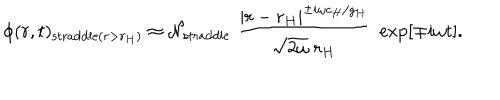
\phi ( r , t ) _ { \mathrm { s t r a d d l e } ( r > r _ { H } ) } \approx { \cal N } _ { \mathrm { s t r a d d l e } } \; { \frac { | r - r _ { H } | ^ { \pm i \omega c _ { H } / g _ { H } } } { \sqrt { 2 \omega } \; r _ { H } } } \; \exp \left[ \mp i \omega t \right] .